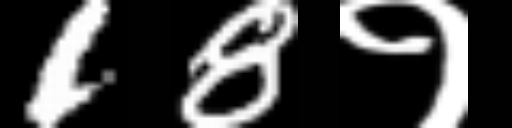
Text: 18१